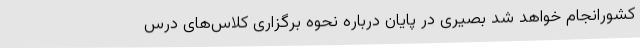
کشورانجام خواهد شد بصیری در پایان درباره نحوه برگزاری کلاس‌های درس